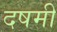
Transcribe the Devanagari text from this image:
दषमी